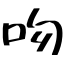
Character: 吻